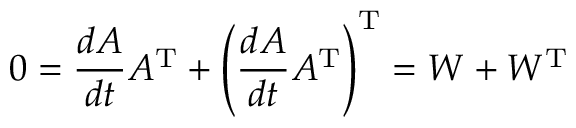
0 = { \frac { d A } { d t } } A ^ { \mathrm { T } } + \left( { \frac { d A } { d t } } A ^ { \mathrm { T } } \right) ^ { \mathrm { T } } = W + W ^ { \mathrm { T } }